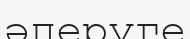
әперуге